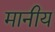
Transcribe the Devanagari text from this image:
मानीय